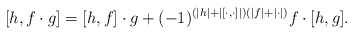
\begin{align*}[h,f\cdot g]=[h,f]\cdot g+(-1)^{(|h|+|[\cdot,\cdot]|)(|f|+|\cdot|)} f\cdot[h,g].\end{align*}